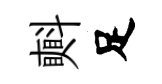
㪺足